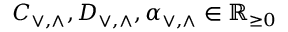
C _ { \vee , \wedge } , D _ { \vee , \wedge } , \alpha _ { \vee , \wedge } \in \mathbb { R } _ { \ge 0 }